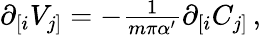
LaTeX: \partial_{[i}V_{j]}=-{\textstyle\frac{1}{m\pi\alpha^{\prime}}}\partial_{[i}C_{j]}\, ,